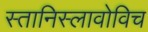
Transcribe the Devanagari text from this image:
स्तानिस्लावोविच